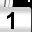
Digit: 1